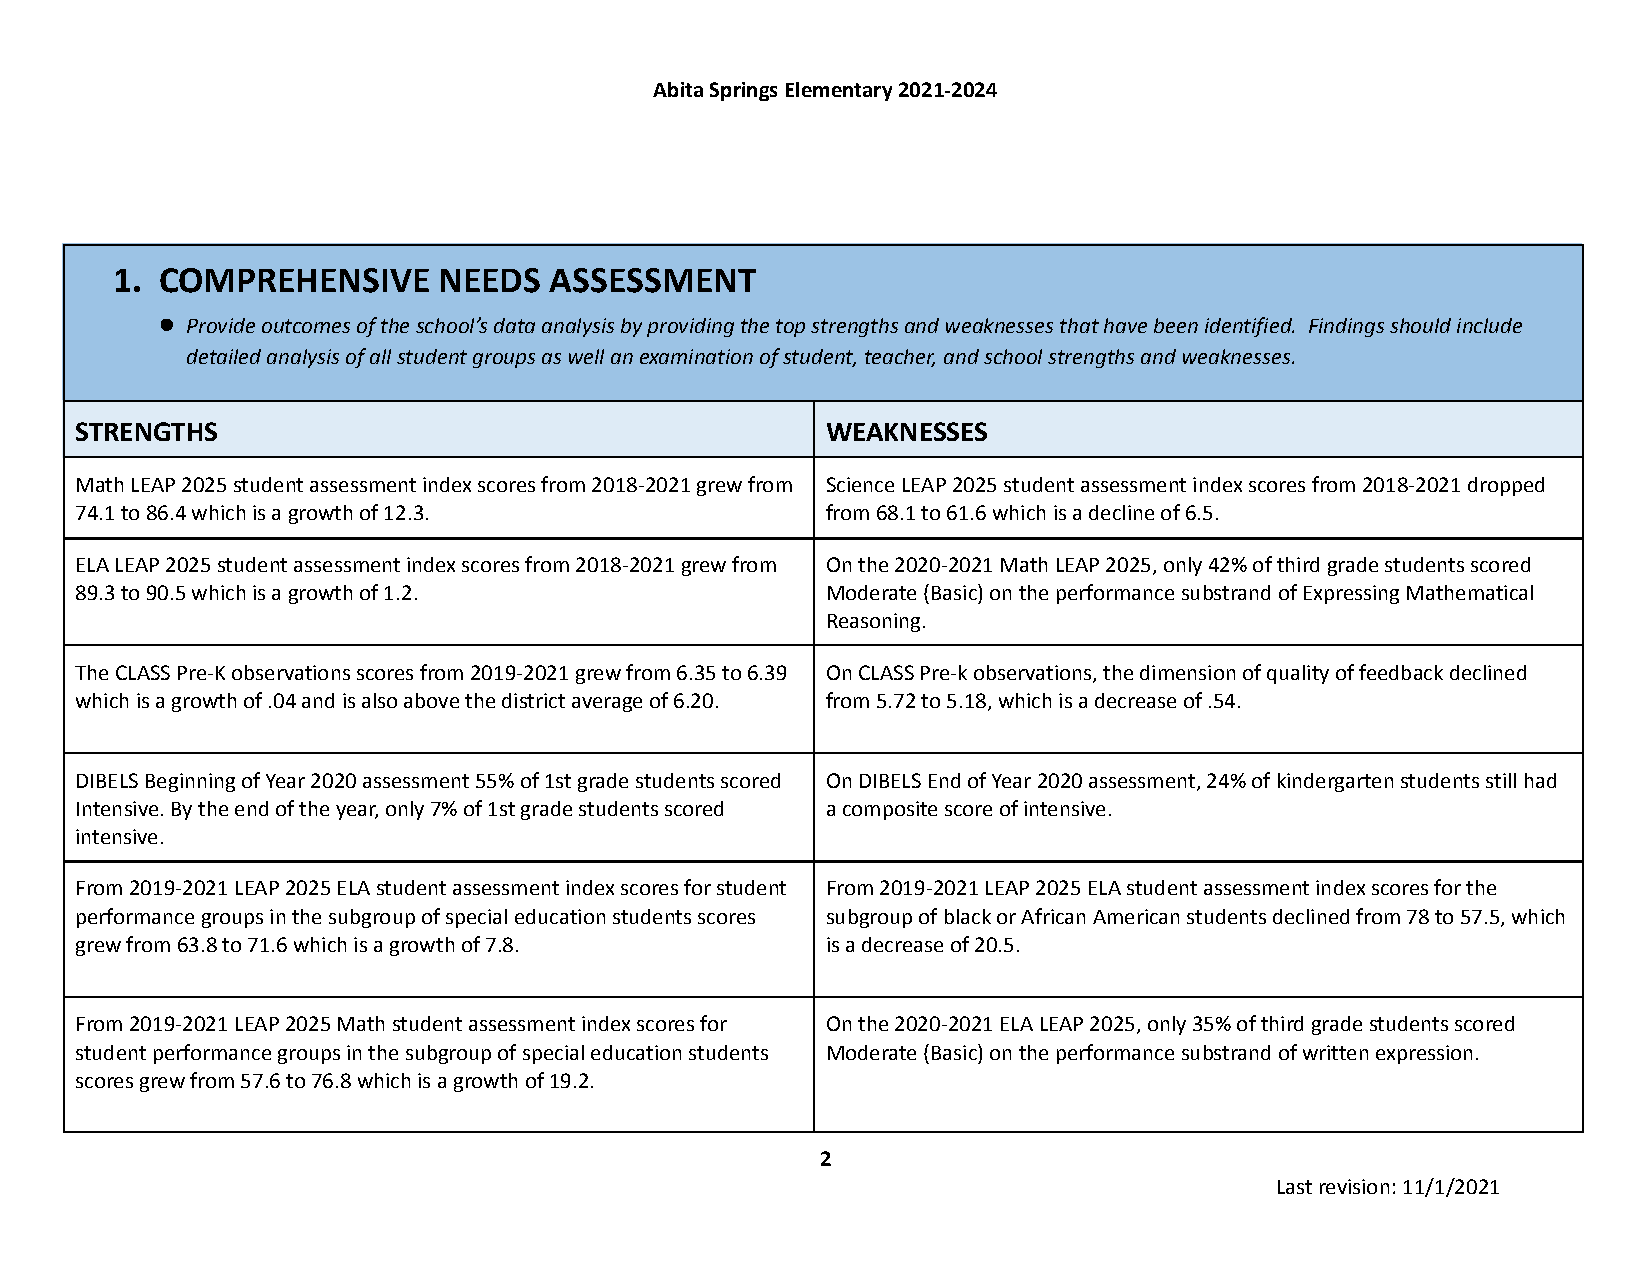
Abita Springs Elementary 2021-2024
 1. COMPREHENSIVE      NEEDS  ASSESSMENT
 ● Provide outcomes of the school’s data analysis by providing the top strengths and weaknesses that have been identified. Findings should include
 detailed analysis of all student groups as well an examination of student, teacher, and school strengths and weaknesses.
 STRENGTHS                                         WEAKNESSES
 Math LEAP 2025 student assessment index scores from 2018-2021 grew from Science LEAP 2025 student assessment index scores from 2018-2021 dropped
 74.1 to 86.4 which is a growth of 12.3.           from 68.1 to 61.6 which is a decline of 6.5.
 ELA LEAP 2025 student assessment index scores from 2018-2021 grew from On the 2020-2021 Math LEAP 2025, only 42% of third grade students scored
 89.3 to 90.5 which is a growth of 1.2.            Moderate (Basic)on the performance substrand of ExpressingMathematical
 Reasoning.
 The CLASS Pre-K observations scores from 2019-2021 grew from 6.35 to 6.39 On CLASS Pre-k observations, the dimension of quality of feedback declined
 which is a growth of .04 and is also above the district average of 6.20. from 5.72 to 5.18, which is a decrease of .54.
 DIBELS Beginning of Year 2020 assessment 55% of 1st grade students scored On DIBELS End of Year 2020 assessment, 24% of kindergarten students still had
 Intensive. By the end of the year, only 7% of 1st grade students scored a composite score of intensive.
 intensive.
 From 2019-2021 LEAP 2025 ELA student assessment index scores for student From 2019-2021 LEAP 2025 ELA student assessment index scores for the
 performance groups in the subgroup of special education students scores subgroup of black or African American students declined from 78 to 57.5, which
 grew from 63.8 to 71.6 which is a growth of 7.8.  is a decrease of 20.5.
 From 2019-2021 LEAP 2025 Math student assessment index scores for On the 2020-2021 ELA LEAP 2025, only 35% of third grade students scored
 student performance groups in the subgroup of special education students Moderate (Basic) on the performance substrand of written expression.
 scores grew from 57.6 to 76.8 which is a growth of 19.2.
 2
 Last revision: 11/1/2021